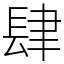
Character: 肆